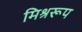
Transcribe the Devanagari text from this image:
मिश्ररूप